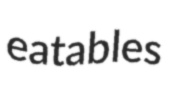
eatables